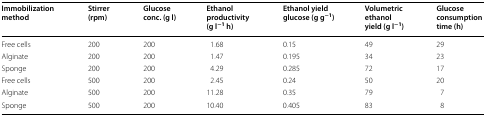
<table><thead><tr><td><b>Immobilization method</b></td><td><b>Stirrer (rpm)</b></td><td><b>Glucose conc. (g l)</b></td><td><b>Ethanol productivity (g l<sup>−1</sup> h)</b></td><td><b>Ethanol yield glucose (g g<sup>−1</sup>)</b></td><td><b>Volumetric ethanol yield (g l<sup>−1</sup>)</b></td><td><b>Glucose consumption time (h)</b></td></tr></thead><tbody><tr><td>Free cells</td><td>200</td><td>200</td><td>1.68</td><td>0.15</td><td>49</td><td>29</td></tr><tr><td>Alginate</td><td>200</td><td>200</td><td>1.47</td><td>0.195</td><td>34</td><td>23</td></tr><tr><td>Sponge</td><td>200</td><td>200</td><td>4.29</td><td>0.285</td><td>72</td><td>17</td></tr><tr><td>Free cells</td><td>500</td><td>200</td><td>2.45</td><td>0.24</td><td>50</td><td>20</td></tr><tr><td>Alginate</td><td>500</td><td>200</td><td>11.28</td><td>0.35</td><td>79</td><td>7</td></tr><tr><td>Sponge</td><td>500</td><td>200</td><td>10.40</td><td>0.405</td><td>83</td><td>8</td></tr></tbody></table>